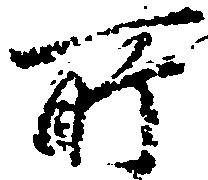
所